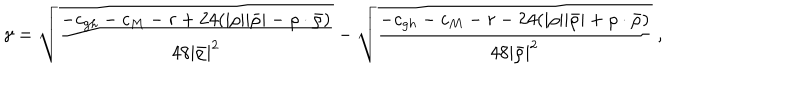
LaTeX: \gamma = \sqrt { \frac { - c _ { g h } - c _ { M } - r + 2 4 ( | \rho | | \bar { \rho } | - \rho \cdot \bar { \rho } ) } { 4 8 | \bar { \rho } | ^ { 2 } } } - \sqrt { \frac { - c _ { g h } - c _ { M } - r - 2 4 ( | \rho | | \bar { \rho } | + \rho \cdot \bar { \rho } ) } { 4 8 | \bar { \rho } | ^ { 2 } } } ~ ,